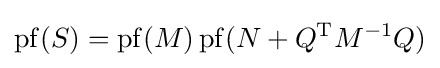
\operatorname {pf} (S)=\operatorname {pf} (M)\operatorname {pf} (N+Q^{\mathrm {T} }M^{-1}Q)